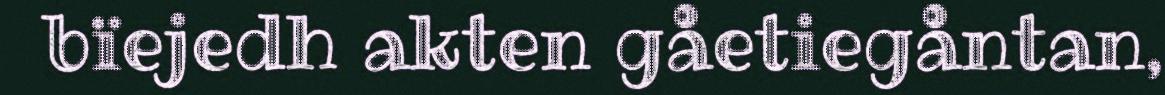
bïejedh akten gåetiegåntan,